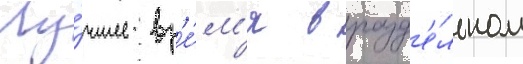
Лу́чшее вр'е́м'я в разд'е́льном